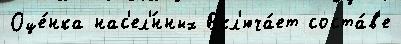
Оце́нка нас'ел'́нных Вкл'юча́ет соста́в'е